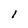
Character: I